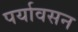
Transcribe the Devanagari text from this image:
पर्यावसन